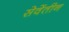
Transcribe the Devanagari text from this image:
सेवेंतीन